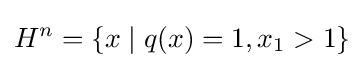
H^{n}=\{x\mid q(x)=1,x_{1}>1\}